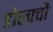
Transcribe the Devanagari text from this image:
डोलाची